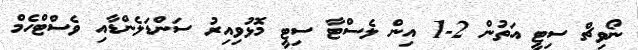
ނޯވިޗް ސިޓީ އަތުން 2-1 އިން ލެސްޓާ ސިޓީ މޮޅުވިއިރު ސަންޑަލެންޑާއި ވެސްޓްހެމް